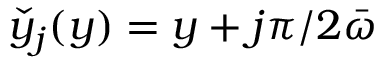
\check { y } _ { j } ( y ) = y + j \pi / 2 { \bar { \omega } }